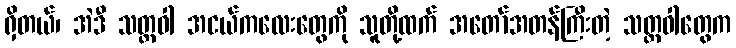
ရှိတယ်၊ အဲဒီ သတ္တဝါ အငယ်ကလေးတွေကို သူတို့ထက် အတော်အတန်ကြီးတဲ့ သတ္တဝါတွေက